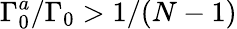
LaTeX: \Gamma_{0}^{a}/\Gamma_{0}>1/(N-1)